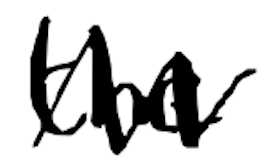
Text: the
Cross-out: zig-zag
Writing tool: digital_black